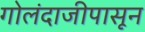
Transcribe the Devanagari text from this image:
गोलंदाजीपासून